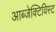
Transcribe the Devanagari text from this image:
आब्जेक्टिविस्ट